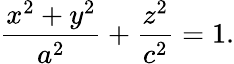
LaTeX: {\frac{x^{2}+y^{2}}{a^{2}}}+{\frac{z^{2}}{c^{2}}}=1.